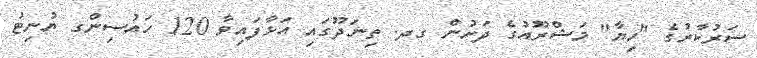
ސަރުކާރުގެ "ހިޔާ" މަޝްރޫއުގެ ދަށުން ގދ. ތިނަދޫގައި އަޅާފައިވާ 120 ހައުސިންގ ޔުނިޓު